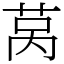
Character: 莴